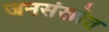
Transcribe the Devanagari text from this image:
जनसंख्येत